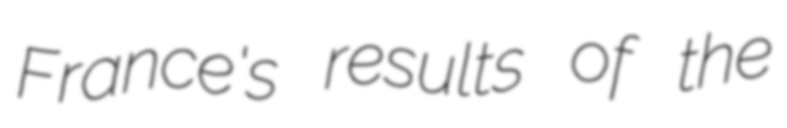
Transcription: France's results of the